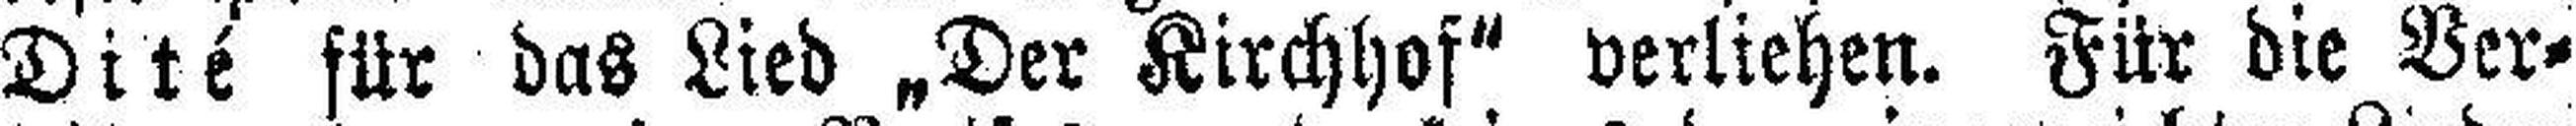
Dité für das Lied „Der Kirchhof" verliehen. Für die Ver¬